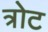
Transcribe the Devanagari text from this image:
त्रोट